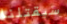
سيقتلنا